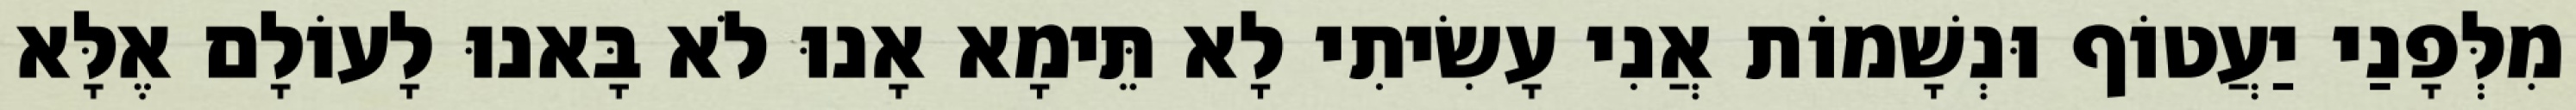
מִלְּפָנַי יַעֲטוֹף וּנְשָׁמוֹת אֲנִי עָשִׂיתִי לָא תֵּימָא אָנוּ לֹא בָּאנוּ לָעוֹלָם אֶלָּא